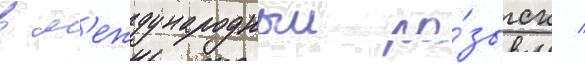
в м'еждународныи ро́зыск /